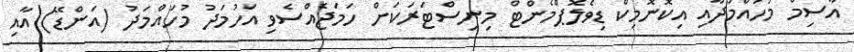
އާސިމް މުހައްމަދާއި އިކޮނޮމިކް ޑިވެލޮޕްމެންޓް މިނިސްޓަރަކަށް ހަމަޖެއްސެވި އަހުމަދު މުހައްމަދު (އަންޑޭ) އާއި